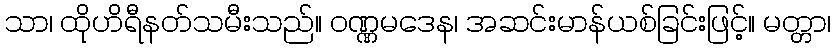
သာ၊ ထိုဟိရီနတ်သမီးသည်။ ဝဏ္ဏမဒေန၊ အဆင်းမာန်ယစ်ခြင်းဖြင့်။ မတ္တာ၊